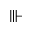
\Vvdash